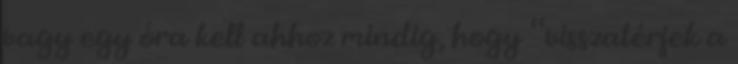
vagy egy óra kell ahhoz mindig, hogy “visszatérjek a